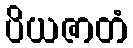
ပိယဇာတံ